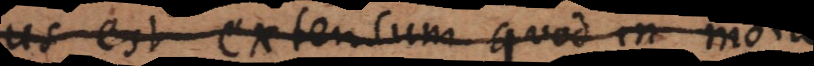
us est Extensum quod in motu